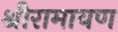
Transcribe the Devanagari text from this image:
श्रीरामायण